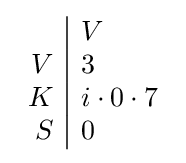
{\begin{array}{r|l}&V\\V&3\\K&i\cdot 0\cdot 7\\S&0\end{array}}